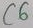
Text: C6